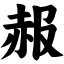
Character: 赧